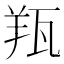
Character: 𦍭